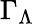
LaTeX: \Gamma_{\Lambda}